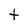
Character: t